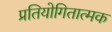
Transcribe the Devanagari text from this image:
प्रतियोगितात्मक